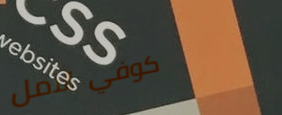
كوفي الأمل